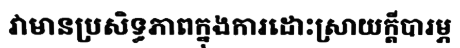
វាមានប្រសិទ្ធភាពក្នុងការដោះស្រាយក្តីបារម្ភ